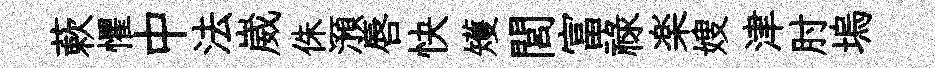
蔌懼中法崴侏澦唇快矱閭富祿楽嫂津肘塢